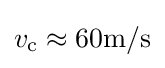
v_{\text{c}}\approx 60{\text{m/s}}